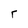
Character: r